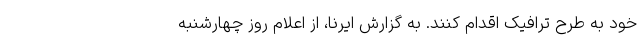
خود به طرح ترافیک اقدام کنند. به گزارش ایرنا، از اعلام روز چهارشنبه